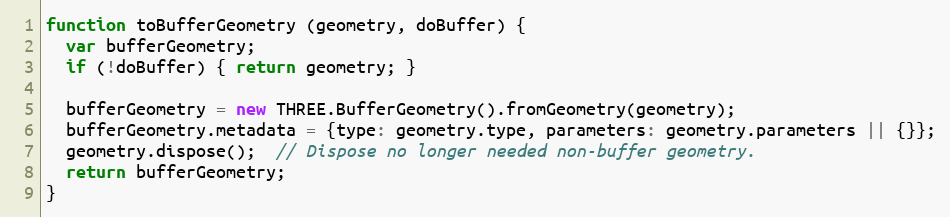
Language: JavaScript
function toBufferGeometry (geometry, doBuffer) {
  var bufferGeometry;
  if (!doBuffer) { return geometry; }

  bufferGeometry = new THREE.BufferGeometry().fromGeometry(geometry);
  bufferGeometry.metadata = {type: geometry.type, parameters: geometry.parameters || {}};
  geometry.dispose();  // Dispose no longer needed non-buffer geometry.
  return bufferGeometry;
}